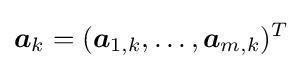
{\boldsymbol {a}}_{k}=({\boldsymbol {a}}_{1,k},\ldots ,{\boldsymbol {a}}_{m,k})^{T}